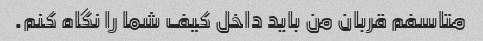
متاسفم قربان من باید داخل کیف شما را نگاه کنم.